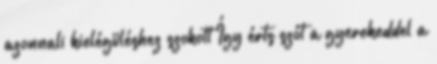
azonnali kielégüléshez szokott Így érts szót a gyerekeddel a